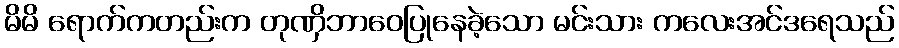
မိမိ ရောက်ကတည်းက တုဏှိဘာဝေပြုနေခဲ့သော မင်းသား ကလေးအင်ဒရေသည်